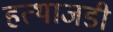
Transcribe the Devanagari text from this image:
हत्थाजडी